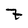
Character: 7